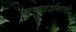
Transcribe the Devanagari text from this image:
गुणदर्शनाचे